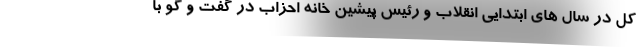
کل در سال های ابتدایی انقلاب و رئیس پیشین خانه احزاب در گفت و گو با